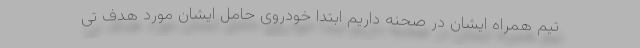
تیم همراه ایشان در صحنه داریم ابتدا خودروی حامل ایشان مورد هدف تی